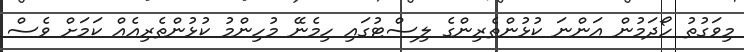
މިވަގުތު ހޯދަމުން އަންނަ ކުޅުންތެރިންގެ ލިސްޓުގައި ހިމެނޭ މުހިންމު ކުޅުންތެރިއެއް ކަމަށް ވެސް